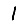
Digit: 1